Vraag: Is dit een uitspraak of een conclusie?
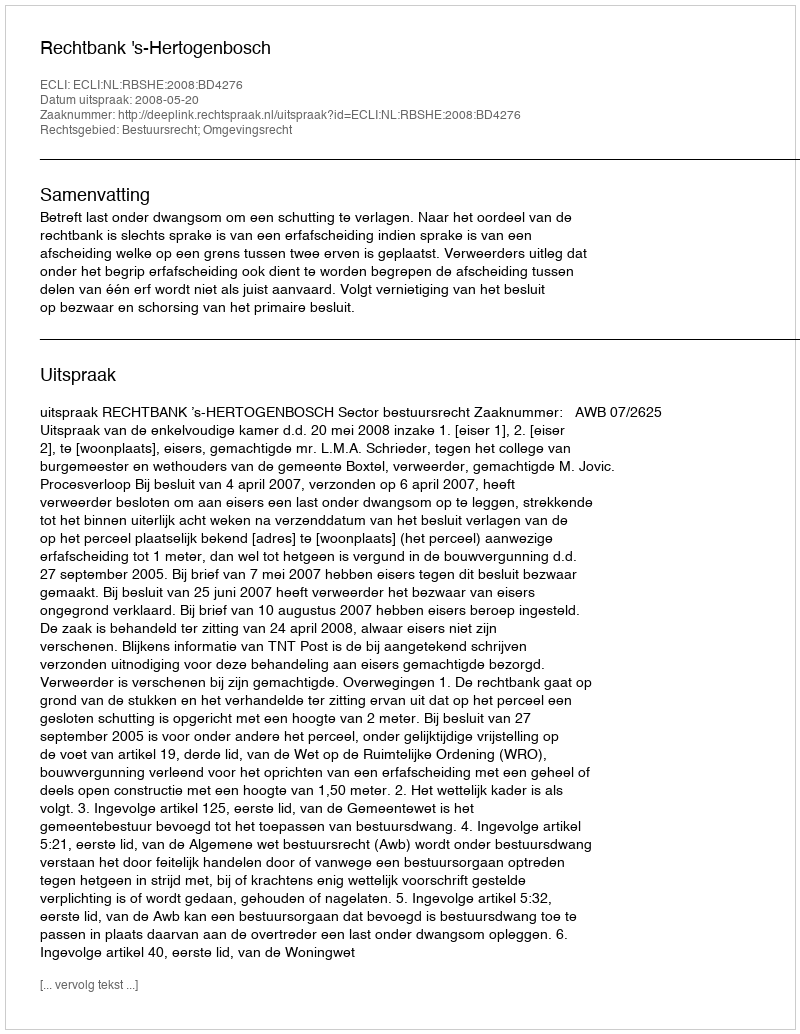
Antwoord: Uitspraak